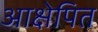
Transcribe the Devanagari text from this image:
आक्षेपित